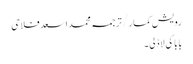
رویش کمار/ترجمہ محمد اسعد فلاحی
بابا کی لاڈلی۔